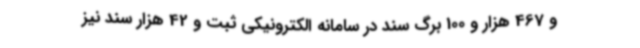
و 467 هزار و 100 برگ سند در سامانه الکترونیکی ثبت و 42 هزار سند نیز